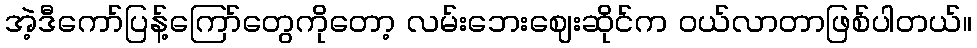
အဲ့ဒီကော်ပြန့်ကြော်တွေကိုတော့ လမ်းဘေးဈေးဆိုင်က ဝယ်လာတာဖြစ်ပါတယ်။